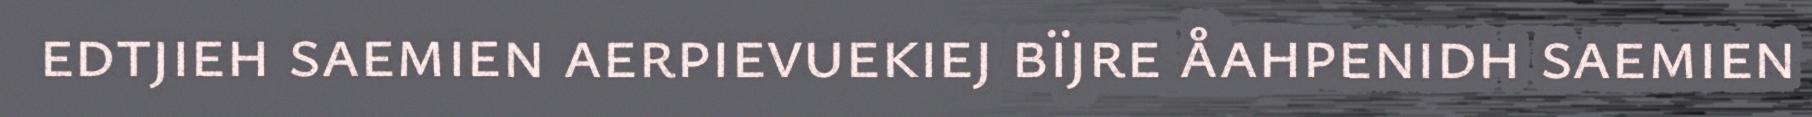
edtjieh saemien aerpievuekiej bïjre åahpenidh saemien